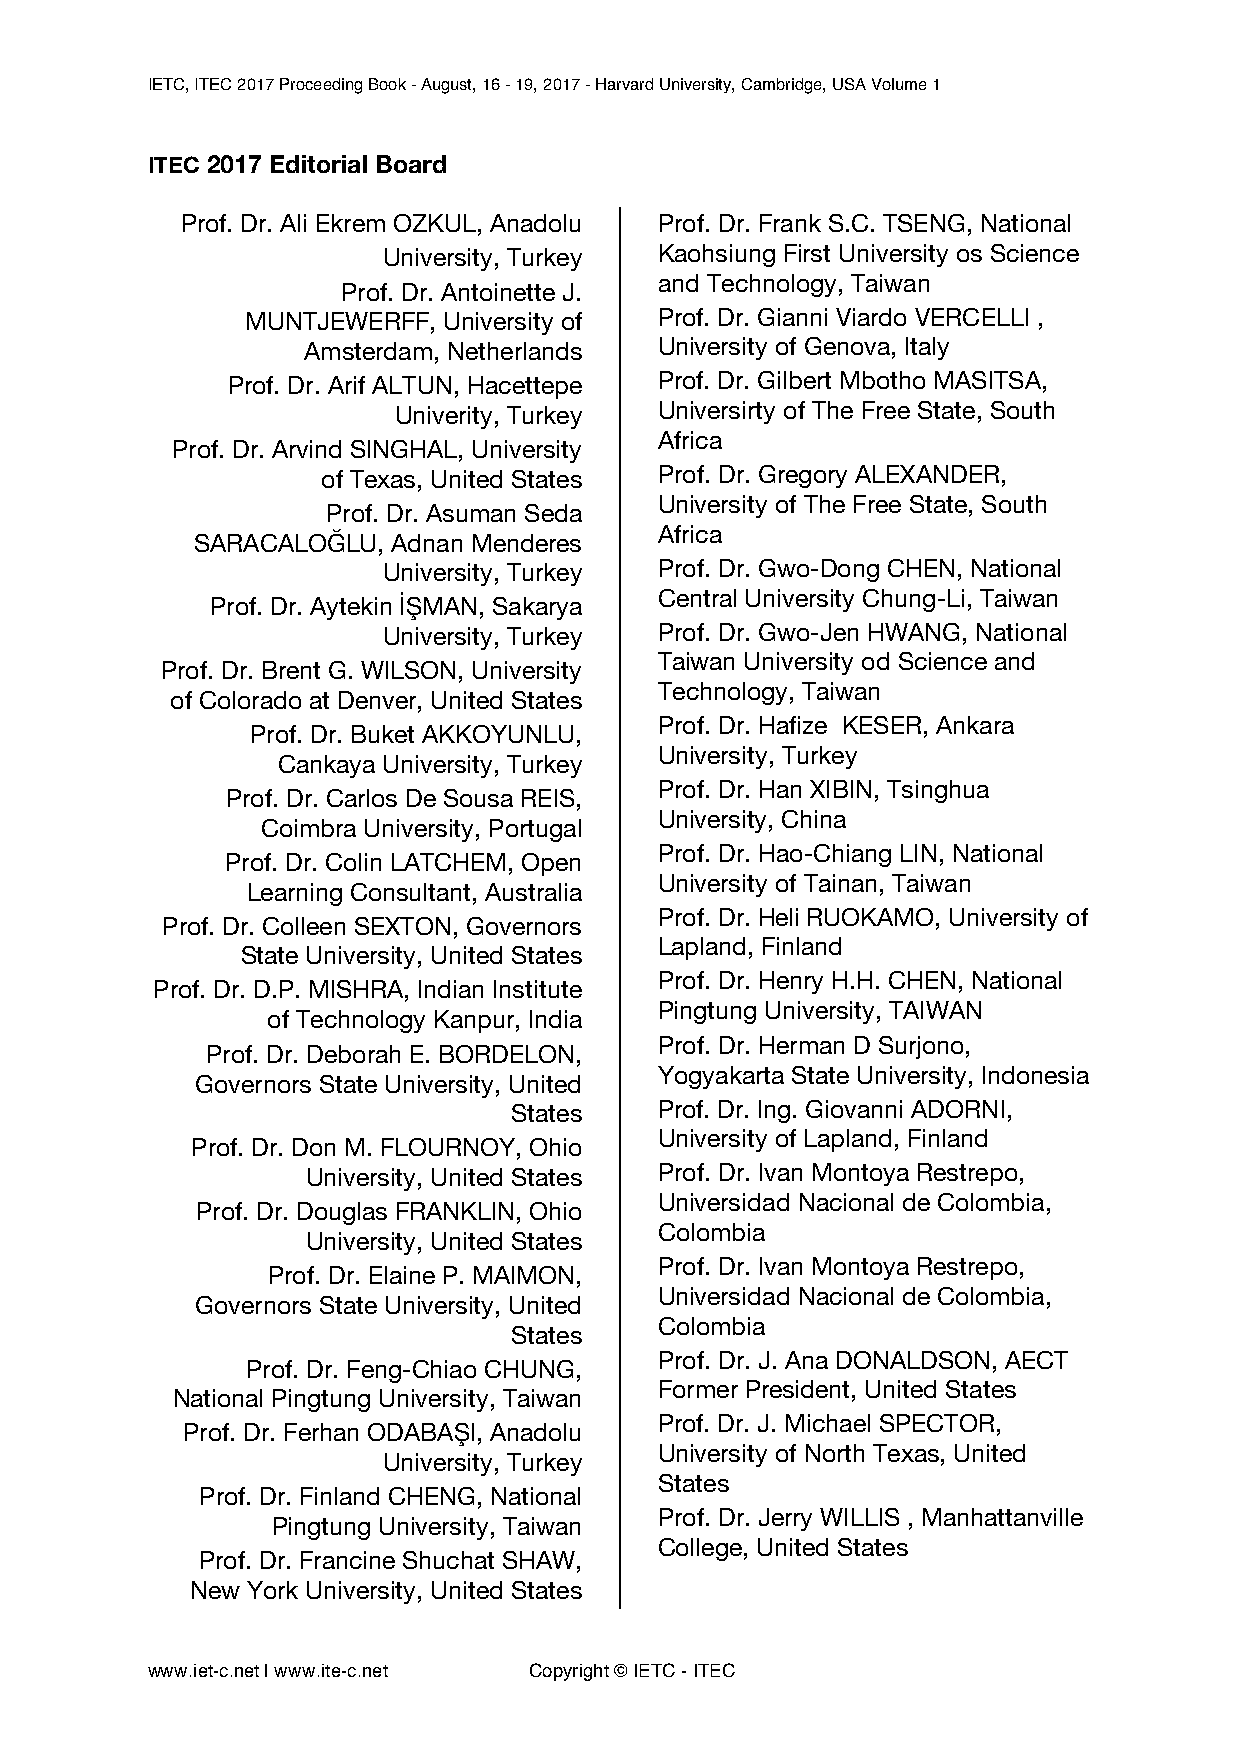
IETC, ITEC 2017 Proceeding Book - August, 16 - 19, 2017 - Harvard University, Cambridge, USA Volume 1
 ITEC 2017 Editorial Board
 Prof. Dr. Ali Ekrem OZKUL, Anadolu Prof. Dr. Frank S.C. TSENG, National
 University, Turkey Kaohsiung First University os Science
 and Technology, Taiwan
 Prof. Dr. Antoinette J.
 MUNTJEWERFF, University of  Prof. Dr. Gianni Viardo VERCELLI ,
 Amsterdam, Netherlands  University of Genova, Italy
 Prof. Dr. Arif ALTUN, Hacettepe Prof. Dr. Gilbert Mbotho MASITSA,
 Univerity, Turkey Universirty of The Free State, South
 Africa
 Prof. Dr. Arvind SINGHAL, University
 of Texas, United States Prof. Dr. Gregory ALEXANDER,
 University of The Free State, South
 Prof. Dr. Asuman Seda
 Africa
 SARACALOĞLU, Adnan Menderes
 University, Turkey Prof. Dr. Gwo-Dong CHEN, National
 Central University Chung-Li, Taiwan
 Prof. Dr. Aytekin İŞMAN, Sakarya
 University, Turkey Prof. Dr. Gwo-Jen HWANG, National
 Taiwan University od Science and
 Prof. Dr. Brent G. WILSON, University
 Technology, Taiwan
 of Colorado at Denver, United States
 Prof. Dr. Hafize KESER, Ankara
 Prof. Dr. Buket AKKOYUNLU,
 University, Turkey
 Cankaya University, Turkey
 Prof. Dr. Han XIBIN, Tsinghua
 Prof. Dr. Carlos De Sousa REIS,
 University, China
 Coimbra University, Portugal
 Prof. Dr. Hao-Chiang LIN, National
 Prof. Dr. Colin LATCHEM, Open
 University of Tainan, Taiwan
 Learning Consultant, Australia
 Prof. Dr. Heli RUOKAMO, University of
 Prof. Dr. Colleen SEXTON, Governors
 Lapland, Finland
 State University, United States
 Prof. Dr. Henry H.H. CHEN, National
 Prof. Dr. D.P. MISHRA, Indian Institute
 Pingtung University, TAIWAN
 of Technology Kanpur, India
 Prof. Dr. Herman D Surjono,
 Prof. Dr. Deborah E. BORDELON,
 Yogyakarta State University, Indonesia
 Governors State University, United
 States    Prof. Dr. Ing. Giovanni ADORNI,
 University of Lapland, Finland
 Prof. Dr. Don M. FLOURNOY, Ohio
 University, United States Prof. Dr. Ivan Montoya Restrepo,
 Universidad Nacional de Colombia,
 Prof. Dr. Douglas FRANKLIN, Ohio
 Colombia
 University, United States
 Prof. Dr. Ivan Montoya Restrepo,
 Prof. Dr. Elaine P. MAIMON,
 Universidad Nacional de Colombia,
 Governors State University, United
 Colombia
 States
 Prof. Dr. J. Ana DONALDSON, AECT
 Prof. Dr. Feng-Chiao CHUNG,
 Former President, United States
 National Pingtung University, Taiwan
 Prof. Dr. J. Michael SPECTOR,
 Prof. Dr. Ferhan ODABAŞI, Anadolu
 University of North Texas, United
 University, Turkey
 States
 Prof. Dr. Finland CHENG, National
 Prof. Dr. Jerry WILLIS , Manhattanville
 Pingtung University, Taiwan
 College, United States
 Prof. Dr. Francine Shuchat SHAW,
 New York University, United States
 www.iet-c.net | www.ite-c.net Copyright © IETC - ITEC